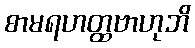
စာမရဟတ္ထဗာဟုဘိ